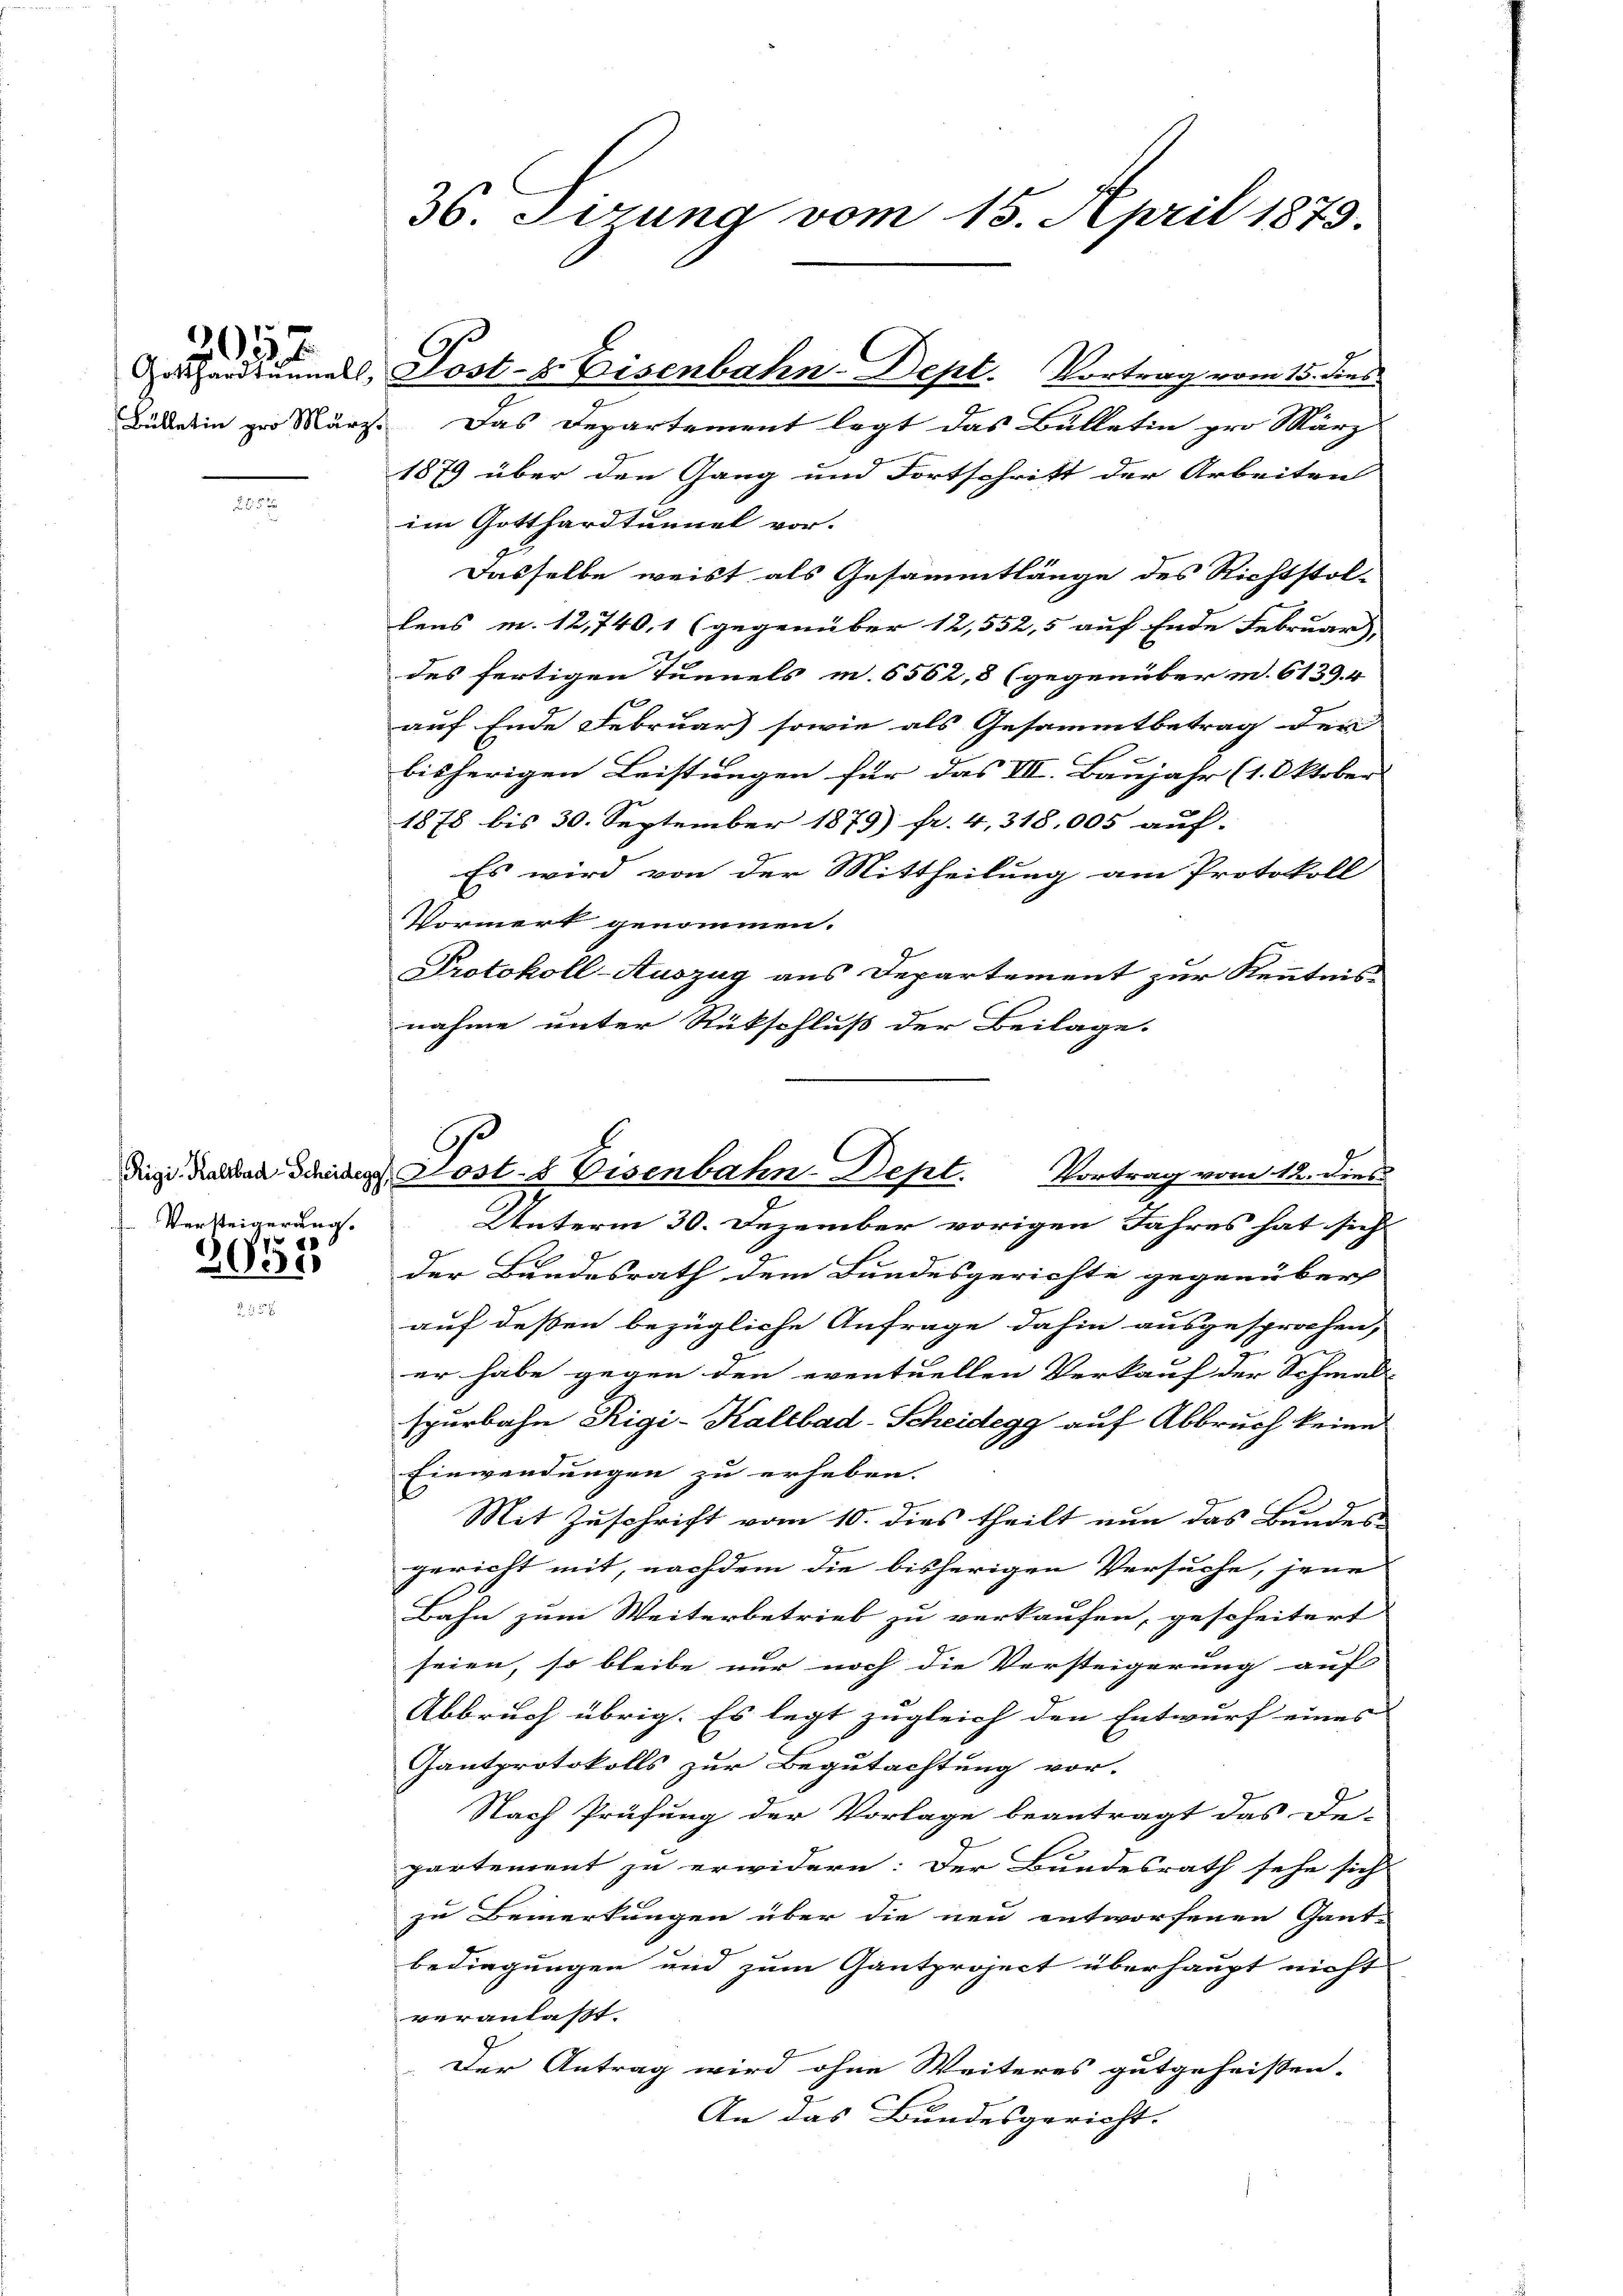
0157

2253

2655

Bidelin zur März. Das Departement legt das Bülletin pro März
1879 über den Gang und Fortschritt der Arbeiten
im Gotthardtunnel vor.
Dasselbe weist als Gesammtlänge des Richtstol-
lens m. 12,740, 1 (gegenüber 12,552, 5 auf Ende Februar,
des fertigen Tunnels m. 6562,8 (gegenüber m. 6139. 4
auf Ende Februar) sowie als Gesammtbetrag der
bisherigen Leistungen für das VII. Baujahr (1. Oktober
1878 bis 30. September 1879) fr. 4, 318,005 auf- |
Es wird von der Mittheilung am Protokoll
Vormerk genommen.
Protokoll-Auszug aus Departement zur Kenntnis
nahme unter Rückschluß der Beilage.
e
Unterm 30. Dezember vorigen Jahres hat sich
der Bundesrath dem Bundesgerichte gegenüber
auf deßen bezügliche Anfrage dahin ausgesprochen,
er habe gegen den eventuellen Verkauf der Schmal-
spurbahn Rigi-Kaltbad-Scheidegg auf Abbruch keine
Einwendungen zu erheben.
Mit Zuschrift vom 10. dies theilt nun das Bundes-
gericht mit, nachdem die bisherigen Versuche, jene
Bahn zum Weiterbetrieb zu verkaufen, gescheitert
seien, so bleibe nur noch die Vorsteigerung auf
Abbruch übrig. Es legt zugleich den Entwurf eines
antprotokolls zur Begutachtung vor-
Nach Prüfung der Vorlage beantragt das De-
partement zu erwidern: Der Bundesrath sehe sich
zu Bemerkungen über die neu entworfenen Gant-
bedingungen und zum Gantproject überhaupt nicht
veranlaßt.
Der Antrag wird ohne Weiteres gutgeheißen.
An das Bundesgericht.

Versteigerung.

36. Ferung vom 15. April 1873.

Darhardtunnels, Post-z. Eisenbahn-Dept. Vortrag vom 15. dies

C
diese deren die Lost- & Eisenbahn-Dept. Vortrag vom 12. dies